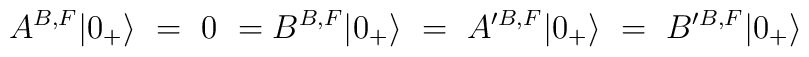
A^{B,F}|0_+ \rangle~=~0~=B^{B,F} |0_+ \rangle ~=~A'^{B,F}|0_+ \rangle~=~B'^{B,F} |0_+ \rangle~